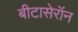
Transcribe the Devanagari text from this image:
बीटासेरॉन